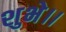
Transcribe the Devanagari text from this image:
शुभे।।